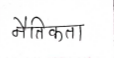
मजकूर: नैतिकला